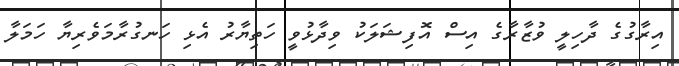
އިރާގުގެ ދާހިލީ ވުޒާރާގެ އިސް އޮފިޝަލަކު ވިދާޅުވީ ހަތިޔާރު އެޅި ހަނގުރާމަވެރިޔާ ހަމަލާ